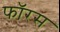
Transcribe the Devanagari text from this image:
फॉरस